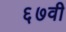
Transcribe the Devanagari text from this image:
६७वी